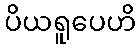
ပိယရူပေဟိ